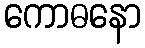
ကောဓနော